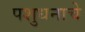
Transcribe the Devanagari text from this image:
पशुधनाचे